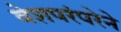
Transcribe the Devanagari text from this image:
वेशपरंपरेने